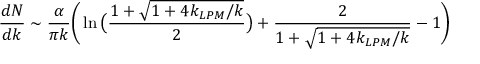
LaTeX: { \frac { d N } { d k } } \sim { \frac { \alpha } { \pi k } } \bigg ( \ln { \big ( { \frac { 1 + \sqrt { 1 + 4 k _ { L P M } / k } } { 2 } } \big ) } + { \frac { 2 } { 1 + \sqrt { 1 + 4 k _ { L P M } / k } } } - 1 \bigg )